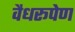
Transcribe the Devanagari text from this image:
वैधरूपेण